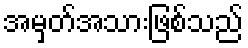
အမှတ်အသားဖြစ်သည်